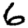
Digit: 6